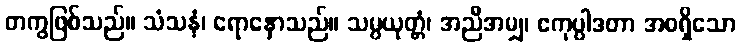
တကွဖြစ်သည်။ သံသနံ၊ ရောနှောသည်။ သမ္ပယုတ္တံ၊ အညီအမျှ၊ ဧကုပ္ပါဒတာ အစရှိသော